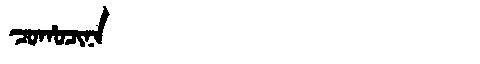
Manchu: ᠴᠣᡥᠣᠴᡳᠨᠠ
Romanization: COHOCINA